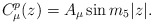
\begin{align*}C^p_\mu (z) = A_\mu \sin m_5 |z|.\end{align*}